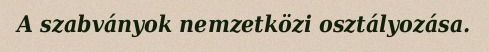
A szabványok nemzetközi osztályozása.